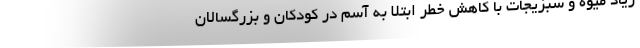
زیاد میوه و سبزیجات با کاهش خطر ابتلا به آسم در کودکان و بزرگسالان